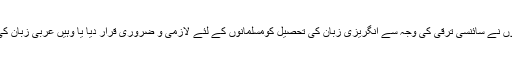
یہی وجہ ہے کہ جہاں انہوں نے سائنسی ترقی کی وجہ سے انگریزی زبان کی تحصیل کومسلمانوں کے لئے لازمی و ضروری قرار دیا یا وہیں عربی زبان کی تعلیم کو بھی لازم بتایا ۔